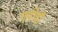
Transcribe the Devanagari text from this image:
एपोदी